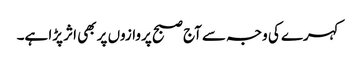
کہرے کی وجہ سے آج صبح پروازوں پر بھی اثر پڑا ہے۔